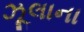
ઝૂલાના